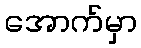
အောက်မှာ